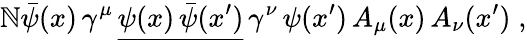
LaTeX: \mathbb{N}{\bar{{\psi}}}(x)\, \gamma^{\mu}\, {\underline{{{\psi(x)\, {\bar{{\psi}}}(x^{\prime})}}}}\, \gamma^{\nu}\, \psi(x^{\prime})\, A_{\mu}(x)\, A_{\nu}(x^{\prime})\; ,